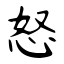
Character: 怒